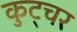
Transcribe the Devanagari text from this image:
कुट्चर